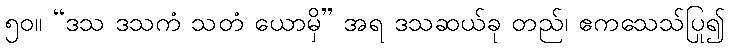
၅၀။ “ဒသ ဒသကံ သတံ ယောမှိ” အရ ဒသဆယ်ခု တည်၊ ဧကသေသ်ပြု၍